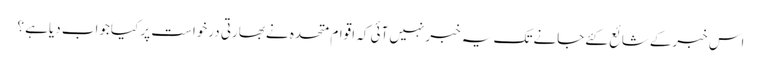
اس خبرکےشائع کئےجانےتک یہ خبرنہیں آئی کہ اقوام متحدہ نےبھارتی درخواست پر کیاجواب دیاہے ؟